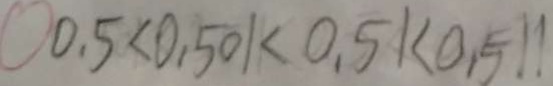
0 . 5 < 0 . 5 0 1 < 0 . 5 1 < 0 . 5 1 1